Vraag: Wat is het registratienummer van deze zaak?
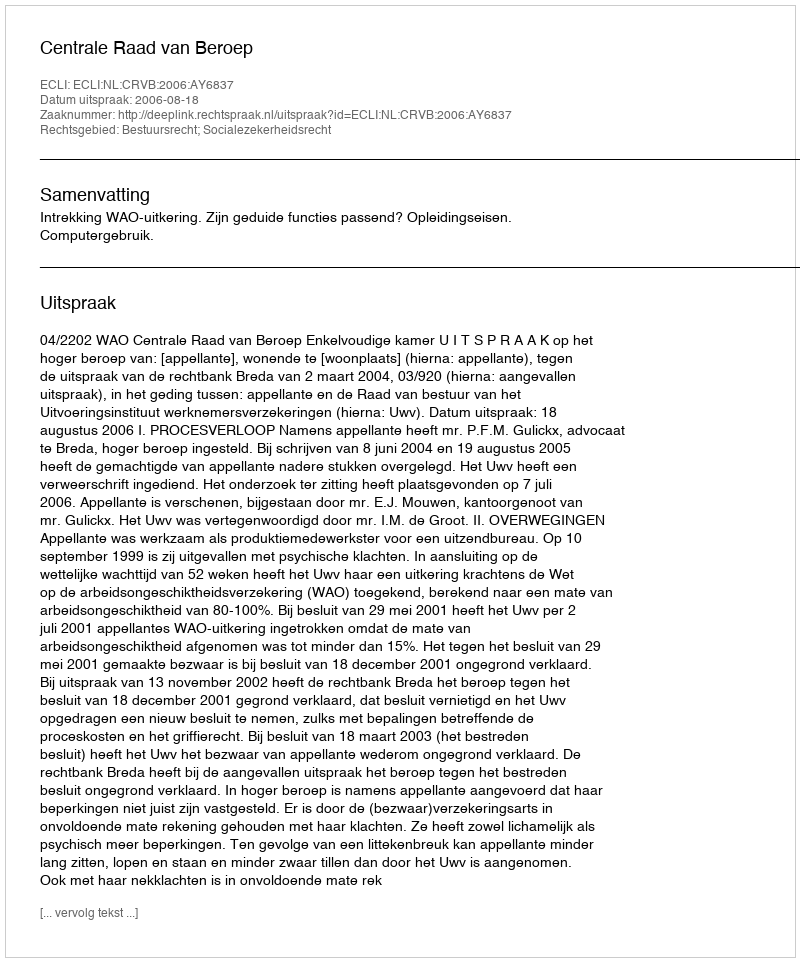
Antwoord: http://deeplink.rechtspraak.nl/uitspraak?id=ECLI:NL:CRVB:2006:AY6837